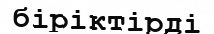
біріктірді